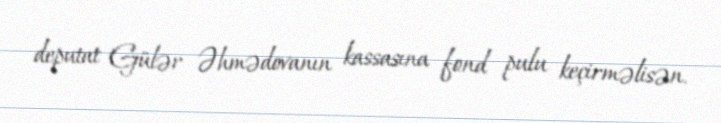
deputat Gülər Əhmədovanın kassasına fond pulu keçirməlisən.